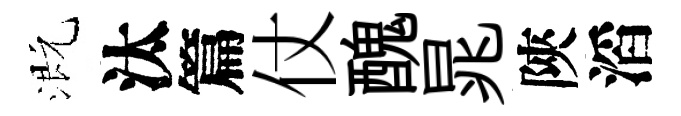
溉汰篇仗醜晁陝滔